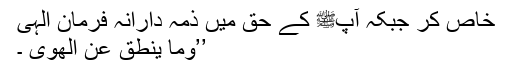
خاص کر جبکہ آپﷺ کے حق میں ذمہ دارانہ فرمان الہی
’’وَمَا يَنطِقُ عَنِ الْهَوَىٰ ۔